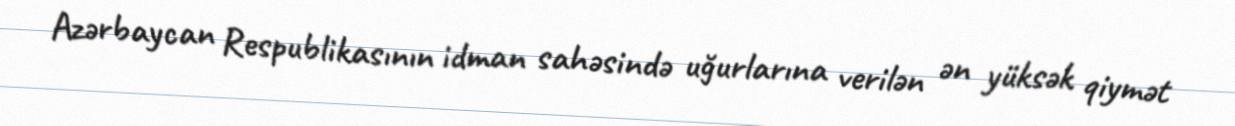
Azərbaycan Respublikasının idman sahəsində uğurlarına verilən ən yüksək qiymət